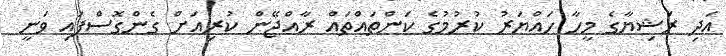
އަދި ރަޝިޔާގެ މީހާ ހައްޔަރު ކުރުމުގެ ކަންތައްތައް ރާއްޖޭން ކުރިއަށް ގެންގޮސްފައި ވަނީ